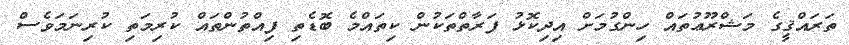
ތަރައްޤީގެ މަޝްރޫޢުތައް ހިންގުމަށް އިދިކޮޅު ފަރާތްތަކުން ކިތައްމެ ބޮޑެތި ފިއްތުންތައް ކުރިމަތި ކުރިނަމަވެސް